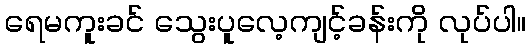
ရေမကူးခင် သွေးပူလေ့ကျင့်ခန်းကို လုပ်ပါ။